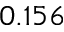
0 . 1 5 6